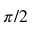
\pi / 2